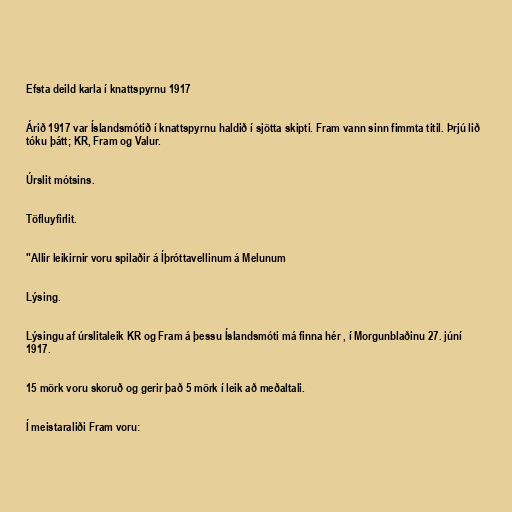
Efsta deild karla í knattspyrnu 1917

Árið 1917 var Íslandsmótið í knattspyrnu haldið í sjötta skipti. Fram vann sinn fimmta titil. Þrjú lið
tóku þátt; KR, Fram og Valur.

Úrslit mótsins.

Töfluyfirlit.

"Allir leikirnir voru spilaðir á Íþróttavellinum á Melunum

Lýsing.

Lýsingu af úrslitaleik KR og Fram á þessu Íslandsmóti má finna hér , í Morgunblaðinu 27. júní
1917.

15 mörk voru skoruð og gerir það 5 mörk í leik að meðaltali.

Í meistaraliði Fram voru: